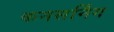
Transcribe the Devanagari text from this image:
कनसर्निंग